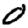
Digit: 0